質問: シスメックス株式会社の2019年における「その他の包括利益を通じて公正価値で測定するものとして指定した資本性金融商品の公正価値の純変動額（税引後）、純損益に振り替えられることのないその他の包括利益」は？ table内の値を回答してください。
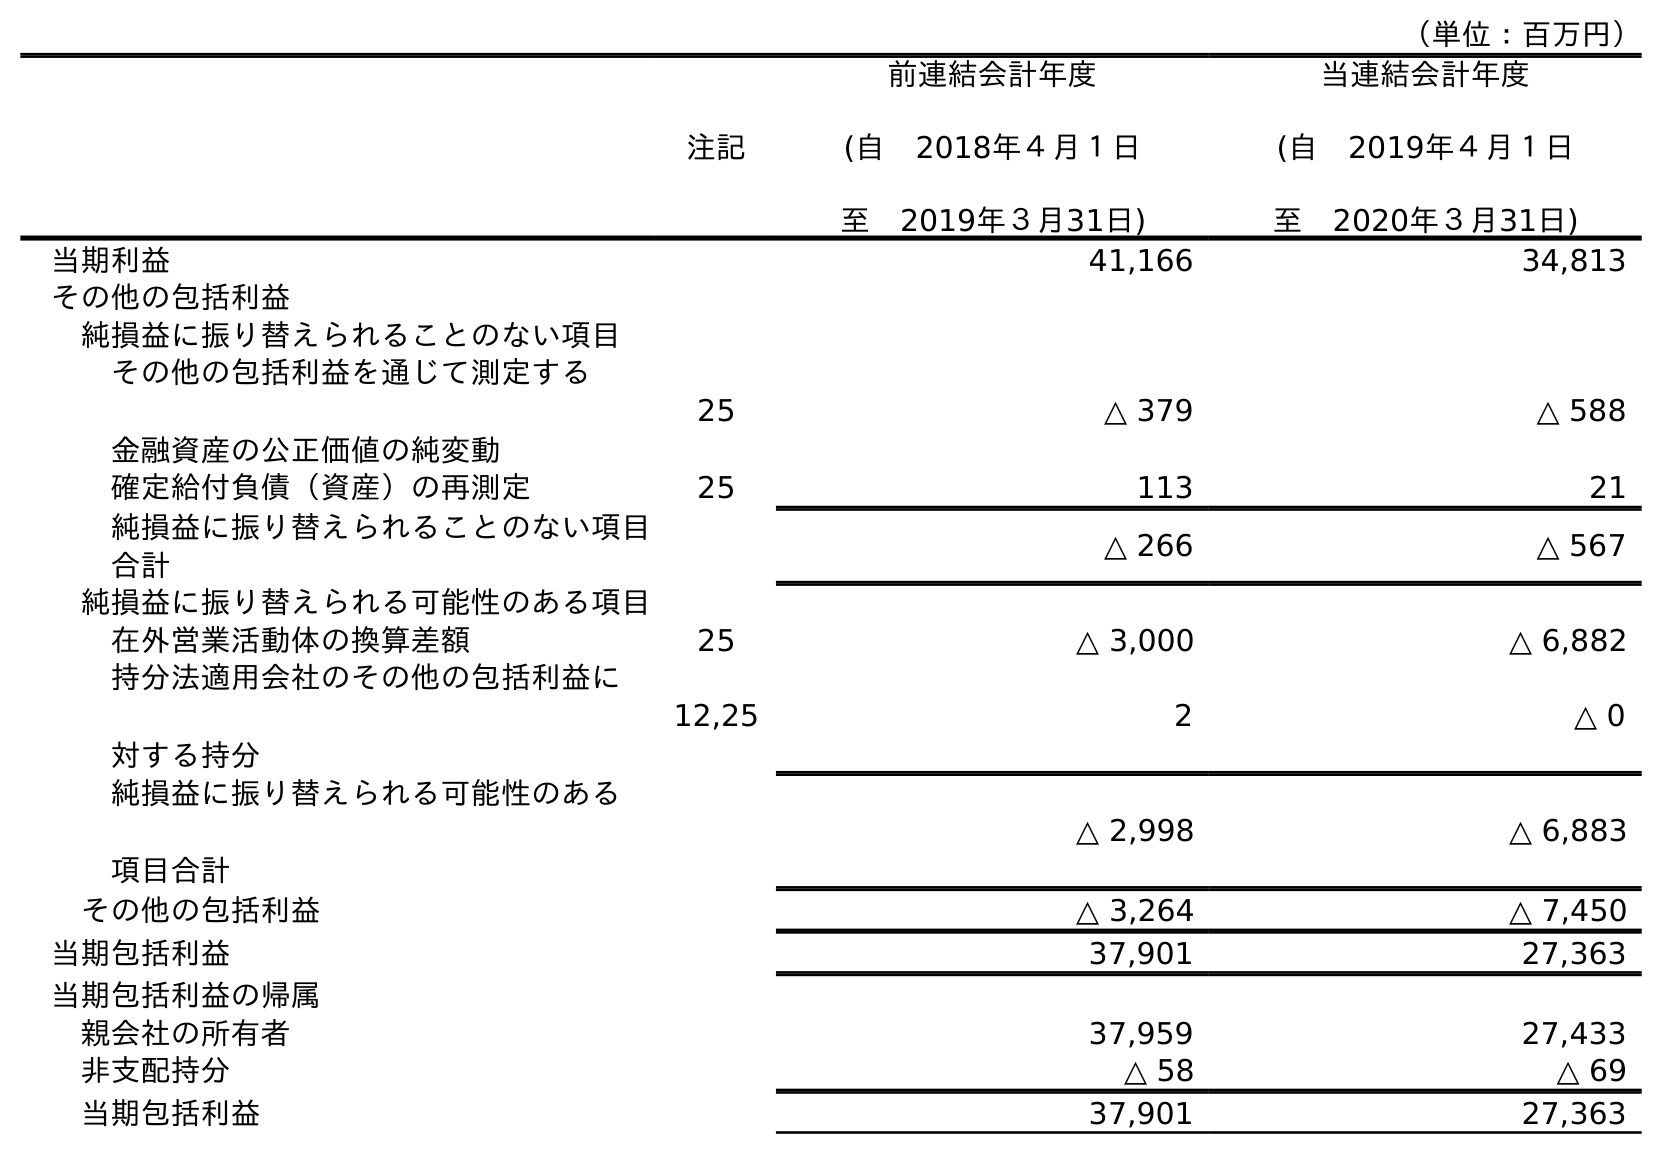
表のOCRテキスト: （単位：百万円） 注記 前連結会計年度 (自 2018年４月１日 至 2019年３月31日) 当連結会計年度 (自 2019年４月１日 至 2020年３月31日) 当期利益 41,166 34,813 その他の包括利益 純損益に振り替えられることのない項目 その他の包括利益を通じて測定する 金融資産の公正価値の純変動 25 △ 379 △ 588 確定給付負債（資産）の再測定 25 113 21 純損益に振り替えられることのない項目 合計 △ 266 △ 567 純損益に振り替えられる可能性のある項目 在外営業活動体の換算差額 25 △ 3,000 △ 6,882 持分法適用会社のその他の包括利益に 対する持分 12,25 2 △ 0 純損益に振り替えられる可能性のある 項目合計 △ 2,998 △ 6,883 その他の包括利益 △ 3,264 △ 7,450 当期包括利益 37,901 27,363 当期包括利益の帰属 親会社の所有者 37,959 27,433 非支配持分 △ 58 △ 69 当期包括利益 37,901 27,363
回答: △379